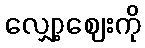
လျှော့ဈေးကို